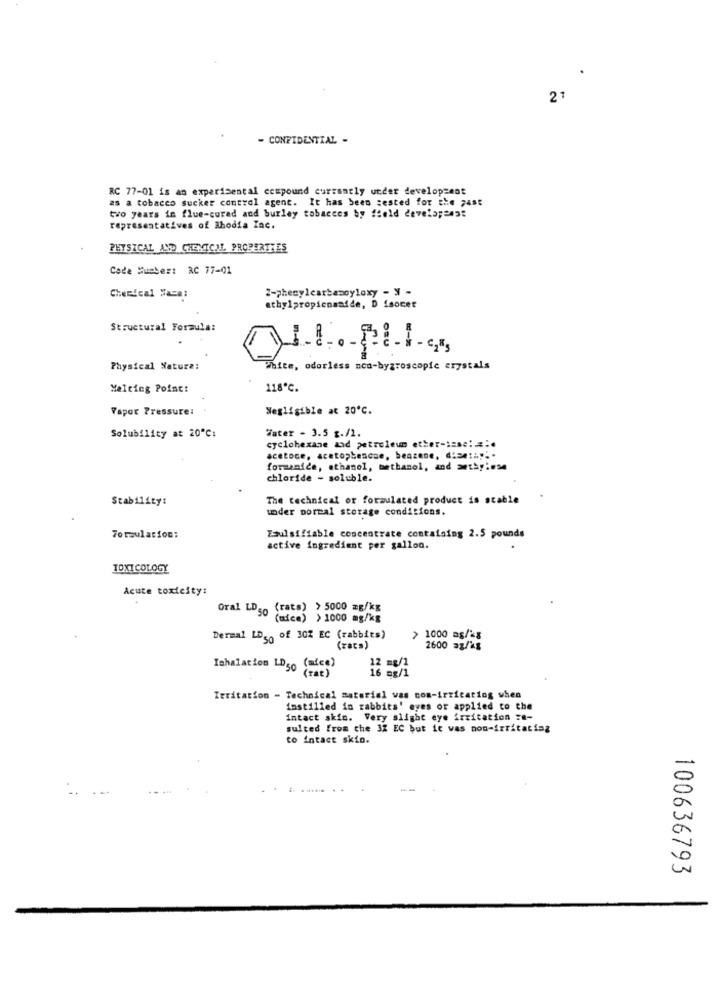
2
- CONFIDENTIAL -
RC 77-01 is an experimental compound currently under development
as a tobacco sucker control agent. It has been tested for che 24se
two years in flue-cured and burley tobaccos by field develop=43:
representatives of Rhodia Inc.
PHYSICAL AND CHEMICAL PROPERTIES
Code SurSer: RC 77-01
2-phenylcartasoyloxy - y-
Chemical Vara:
ethylpropicnamide, D isocer
Structural Formula:
Physical Natura:
White, odorless noa-bygroscopie crystals
Melting Point:
118℃.
Vapor Pressure:
Negligible at 20℃.
Solubility at 20℃:
Water - 3.5 g./1.
cyclohexane and petroleum etter-issa !=..
acetone, acetopbencue, benzene, dize :: "; -
formanice, ethanol, methanol, and anthy:ese
chloride - soluble.
Stability:
The technical or formulated product is stable
under pormal storage conditions.
Formulation:
Zaulsifiable concentrate containing 2.5 pounds
active ingredient per gallon.
TOXICOLOGY
Acute toxicity:
Oral LDso (rats) > 5000 mg/kg
0 (mica) >1000 mg/kg
Dermal LD ., of 30% EC (rabbits)
> 1000 mg/kg
(zacs)
2600 az/kg
Inhalation LDso (mice)
12 mg/1
16 eg/1
0 (Tat)
Irritation - Technical material vas com-irzicatiog when
instilled in rabbits' eyes or applied to the
intact skin. Very slight eye irritation :-
sulted from the 3% EC but it was non-irritating
to intact skin.
100636793